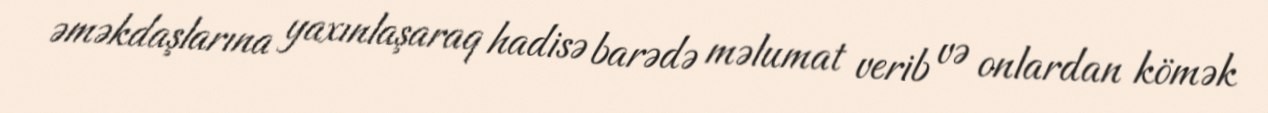
əməkdaşlarına yaxınlaşaraq hadisə barədə məlumat verib və onlardan kömək